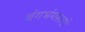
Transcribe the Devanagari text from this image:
वंगभंगसाठी